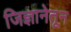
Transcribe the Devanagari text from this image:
जिज्ञानेतून